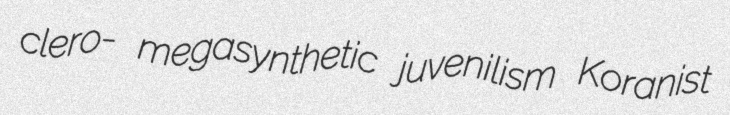
clero- megasynthetic juvenilism Koranist